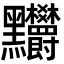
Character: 𪓉